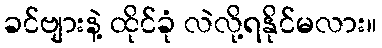
ခင်ဗျားနဲ့ ထိုင်ခုံ လဲလို့ရနိုင်မလား။